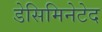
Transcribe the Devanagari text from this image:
डेसिमिनेटेद